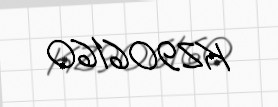
KZ906160